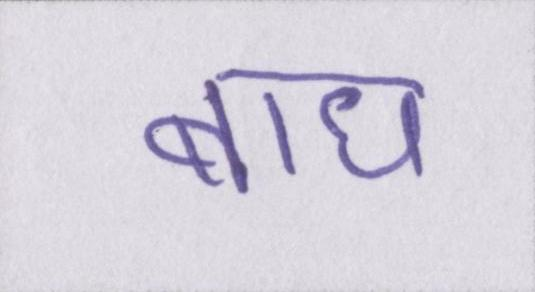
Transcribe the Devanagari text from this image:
बाघ